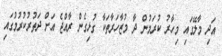
އަދި މާލޭގައި މިހާރު ކުރަމުން ދާ މުޒާހަރާތަކާ ގުޅިގެން ރާއްޖެ އަށް ދަތުރުކުރުމުގައި